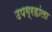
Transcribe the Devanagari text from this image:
उपग्रहांला